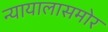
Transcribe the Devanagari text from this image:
न्यायालासमोर